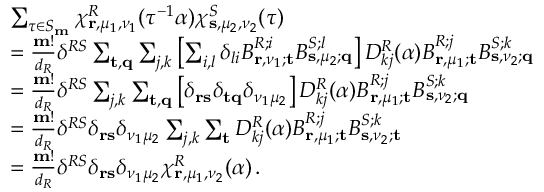
\begin{array} { r l } & { \sum _ { \tau \in S _ { \mathbf { m } } } \chi _ { \mathbf { r } , \mu _ { 1 } , \nu _ { 1 } } ^ { R } ( \tau ^ { - 1 } \alpha ) \chi _ { \mathbf { s } , \mu _ { 2 } , \nu _ { 2 } } ^ { S } ( \tau ) } \\ & { = \frac { \mathbf { m } ! } { d _ { R } } \delta ^ { R S } \sum _ { \mathbf { t } , \mathbf { q } } \sum _ { j , k } \left[ \sum _ { i , l } \delta _ { l i } B _ { \mathbf { r } , \nu _ { 1 } ; \mathbf { t } } ^ { R ; i } B _ { \mathbf { s } , \mu _ { 2 } ; \mathbf { q } } ^ { S ; l } \right] D _ { k j } ^ { R } ( \alpha ) B _ { \mathbf { r } , \mu _ { 1 } ; \mathbf { t } } ^ { R ; j } B _ { \mathbf { s } , \nu _ { 2 } ; \mathbf { q } } ^ { S ; k } } \\ & { = \frac { \mathbf { m } ! } { d _ { R } } \delta ^ { R S } \sum _ { j , k } \sum _ { \mathbf { t } , \mathbf { q } } \left[ \delta _ { \mathbf { r } \mathbf { s } } \delta _ { \mathbf { t } \mathbf { q } } \delta _ { \nu _ { 1 } \mu _ { 2 } } \right] D _ { k j } ^ { R } ( \alpha ) B _ { \mathbf { r } , \mu _ { 1 } ; \mathbf { t } } ^ { R ; j } B _ { \mathbf { s } , \nu _ { 2 } ; \mathbf { q } } ^ { S ; k } } \\ & { = \frac { \mathbf { m } ! } { d _ { R } } \delta ^ { R S } \delta _ { \mathbf { r } \mathbf { s } } \delta _ { \nu _ { 1 } \mu _ { 2 } } \sum _ { j , k } \sum _ { \mathbf { t } } D _ { k j } ^ { R } ( \alpha ) B _ { \mathbf { r } , \mu _ { 1 } ; \mathbf { t } } ^ { R ; j } B _ { \mathbf { s } , \nu _ { 2 } ; \mathbf { t } } ^ { S ; k } } \\ & { = \frac { \mathbf { m } ! } { d _ { R } } \delta ^ { R S } \delta _ { \mathbf { r } \mathbf { s } } \delta _ { \nu _ { 1 } \mu _ { 2 } } \chi _ { \mathbf { r } , \mu _ { 1 } , \nu _ { 2 } } ^ { R } ( \alpha ) \, . } \end{array}